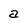
Character: a